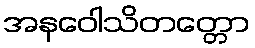
အနဝေါသိတတ္တော